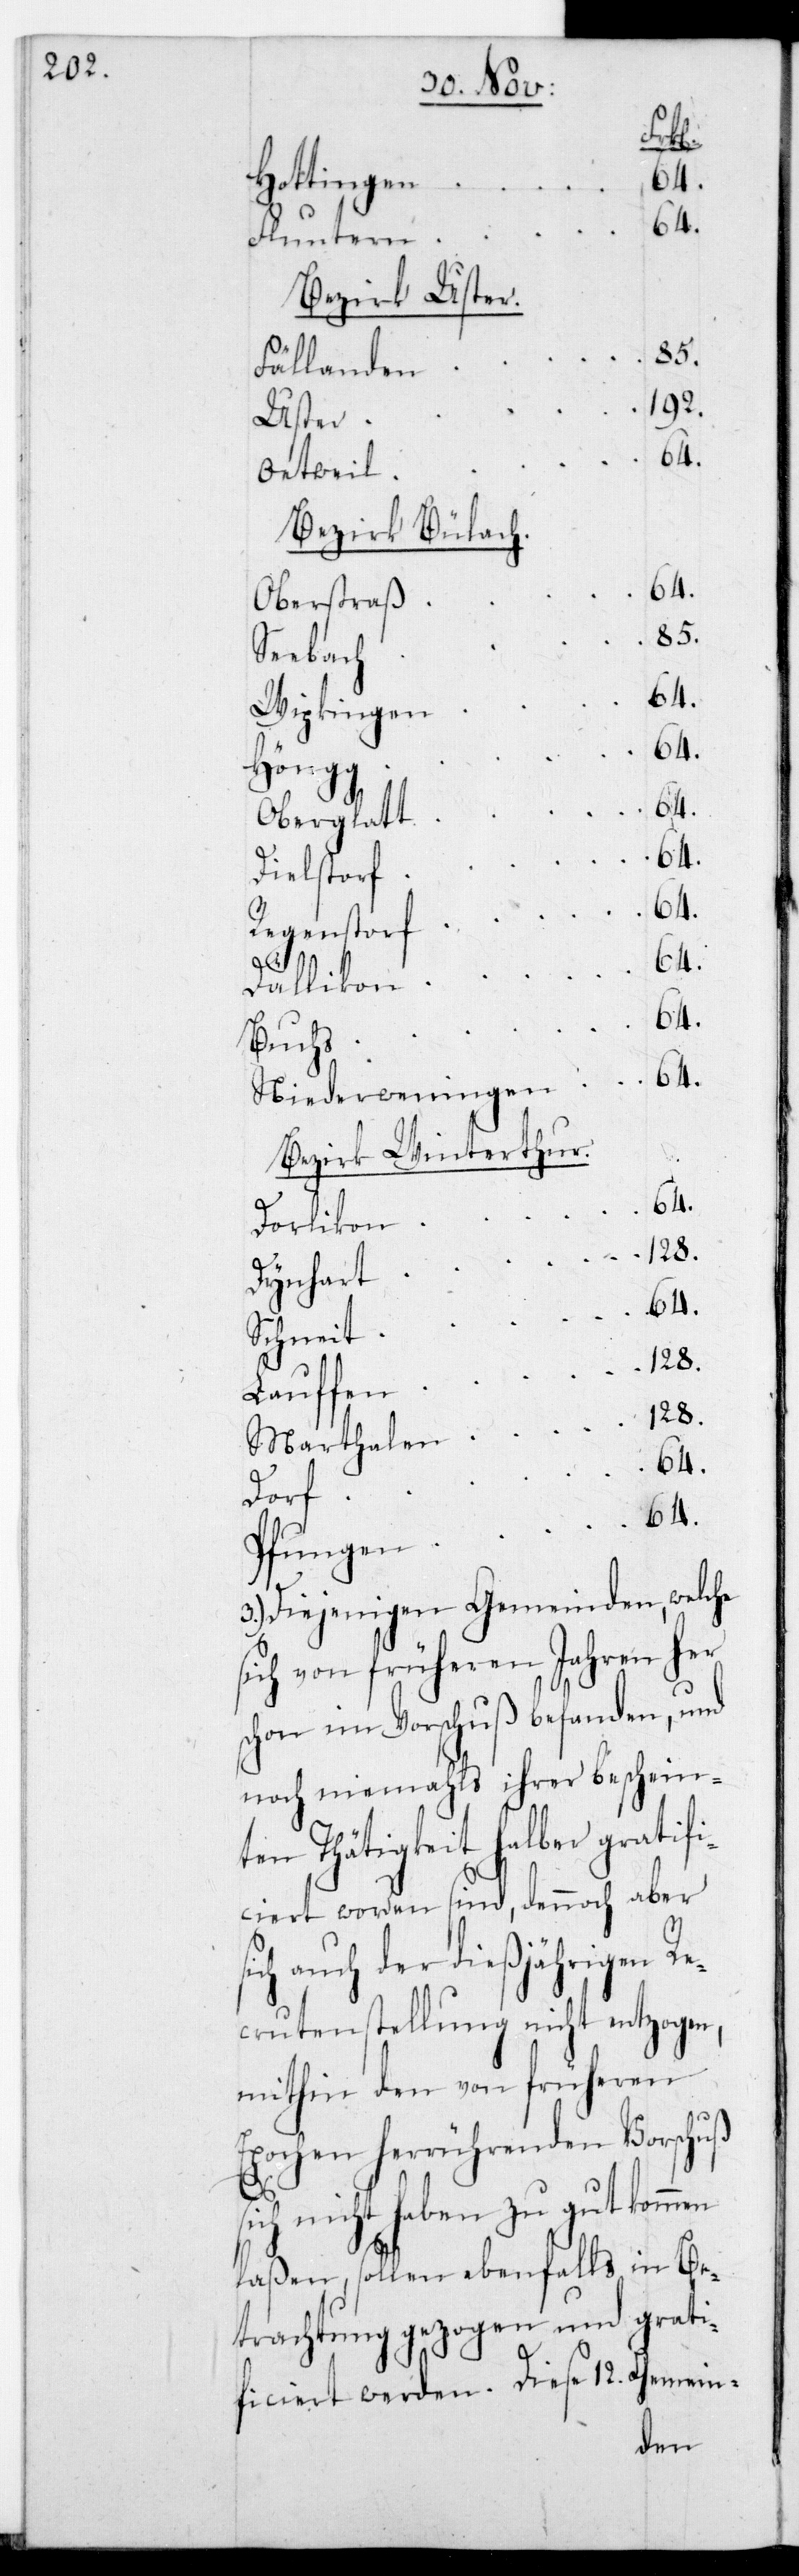
si¬
Hottingen
64.
Fluntern
Bezirk Uster.
Fällanden
Uster
64.
Oetwil
Bezirk Bülach.
Oberstraß
85.
Seebach
64.
Wipkingen
64.
Höngg
64.
Oberglatt
64.
Dielstorf
64.
Regenstorf
64.
Dällikon
64.
Buchs
Niederweningen 	 64.
Bezirk Winterthur.
Dorlikon
Dynhart
Schneit
s¬
Lauffen
Marthalen
64.
Dorf
64.
Pfungen
3.) Diejenigen Gemeinden, welche
ich von früheren Jahren her
schon im Vorschuß befanden, und
noch niemals ihrer beschein¬
ten thätigkeit halber gratifi¬
ciert worden sind, dennoch aber
ch auch der dießjährigen Re¬
scrutenstellung nicht entzogen,
mithin den von früheren
Epochen herrührenden Vorschuß
sich nicht haben zu gut kommen
laßen, sollen ebenfalls in Be¬
trachtung gezogen und grati¬
ficiert werden. Diese 12. Gemein-